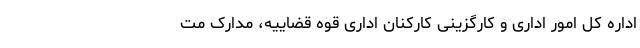
اداره کل امور اداری و کارگزینی کارکنان اداری قوه قضاییه، مدارک مت